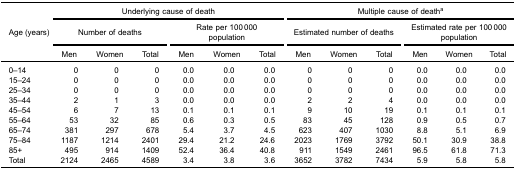
<table><thead><tr><td rowspan="5"><b>Age (years)</b></td><td colspan="6"><b>Underlying cause of death</b></td><td colspan="6"><b>Multiple cause of death<sup>a</sup></b></td></tr><tr><td colspan="3"><b>Number of deaths</b></td><td colspan="3"><b>Rate per 100 000 ​population</b></td><td colspan="3"><b>Estimated number of deaths</b></td><td colspan="3"><b>Estimated rate per 100 000 ​population</b></td></tr><tr><td><b>Men</b></td><td><b>Women</b></td><td><b>Total</b></td><td><b>Men</b></td><td><b>Women</b></td><td><b>Total</b></td><td><b>Men</b></td><td><b>Women</b></td><td><b>Total</b></td><td><b>Men</b></td><td><b>Women</b></td><td><b>Total</b></td></tr></thead><tbody><tr><td>0–14</td><td>0</td><td>0</td><td>0</td><td>0.0</td><td>0.0</td><td>0.0</td><td>0</td><td>0</td><td>0</td><td>0.0</td><td>0.0</td><td>0.0</td></tr><tr><td>15–24</td><td>0</td><td>0</td><td>0</td><td>0.0</td><td>0.0</td><td>0.0</td><td>0</td><td>0</td><td>0</td><td>0.0</td><td>0.0</td><td>0.0</td></tr><tr><td>25–34</td><td>0</td><td>0</td><td>0</td><td>0.0</td><td>0.0</td><td>0.0</td><td>0</td><td>0</td><td>0</td><td>0.0</td><td>0.0</td><td>0.0</td></tr><tr><td>35–44</td><td>2</td><td>1</td><td>3</td><td>0.0</td><td>0.0</td><td>0.0</td><td>2</td><td>2</td><td>4</td><td>0.0</td><td>0.0</td><td>0.0</td></tr><tr><td>45–54</td><td>6</td><td>7</td><td>13</td><td>0.1</td><td>0.1</td><td>0.1</td><td>9</td><td>10</td><td>19</td><td>0.1</td><td>0.1</td><td>0.1</td></tr><tr><td>55–64</td><td>53</td><td>32</td><td>85</td><td>0.6</td><td>0.3</td><td>0.5</td><td>83</td><td>45</td><td>128</td><td>0.9</td><td>0.5</td><td>0.7</td></tr><tr><td>65–74</td><td>381</td><td>297</td><td>678</td><td>5.4</td><td>3.7</td><td>4.5</td><td>623</td><td>407</td><td>1030</td><td>8.8</td><td>5.1</td><td>6.9</td></tr><tr><td>75–84</td><td>1187</td><td>1214</td><td>2401</td><td>29.4</td><td>21.2</td><td>24.6</td><td>2023</td><td>1769</td><td>3792</td><td>50.1</td><td>30.9</td><td>38.8</td></tr><tr><td>85+</td><td>495</td><td>914</td><td>1409</td><td>52.4</td><td>36.4</td><td>40.8</td><td>911</td><td>1549</td><td>2461</td><td>96.5</td><td>61.8</td><td>71.3</td></tr><tr><td>Total</td><td>2124</td><td>2465</td><td>4589</td><td>3.4</td><td>3.8</td><td>3.6</td><td>3652</td><td>3782</td><td>7434</td><td>5.9</td><td>5.8</td><td>5.8</td></tr></tbody></table>